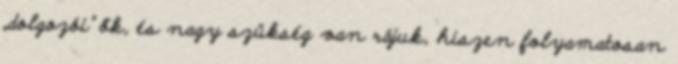
„dolgozói” ők, és nagy szükség van rájuk, hiszen folyamatosan